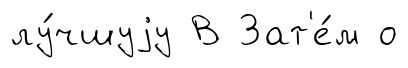
лу́чшуjу В Зат'е́м о